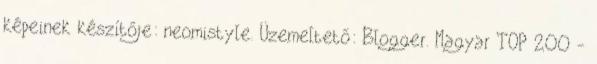
képeinek készítője: neomistyle. Üzemeltető: Blogger. Magyar TOP 200 -